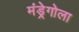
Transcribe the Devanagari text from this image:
मंड्रेगोला